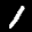
Label: 1